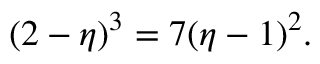
( 2 - \eta ) ^ { 3 } = 7 ( \eta - 1 ) ^ { 2 } .